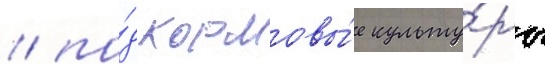
/ по́д кормовы́е культу́ры